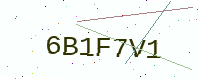
Text: 6B1F7V1